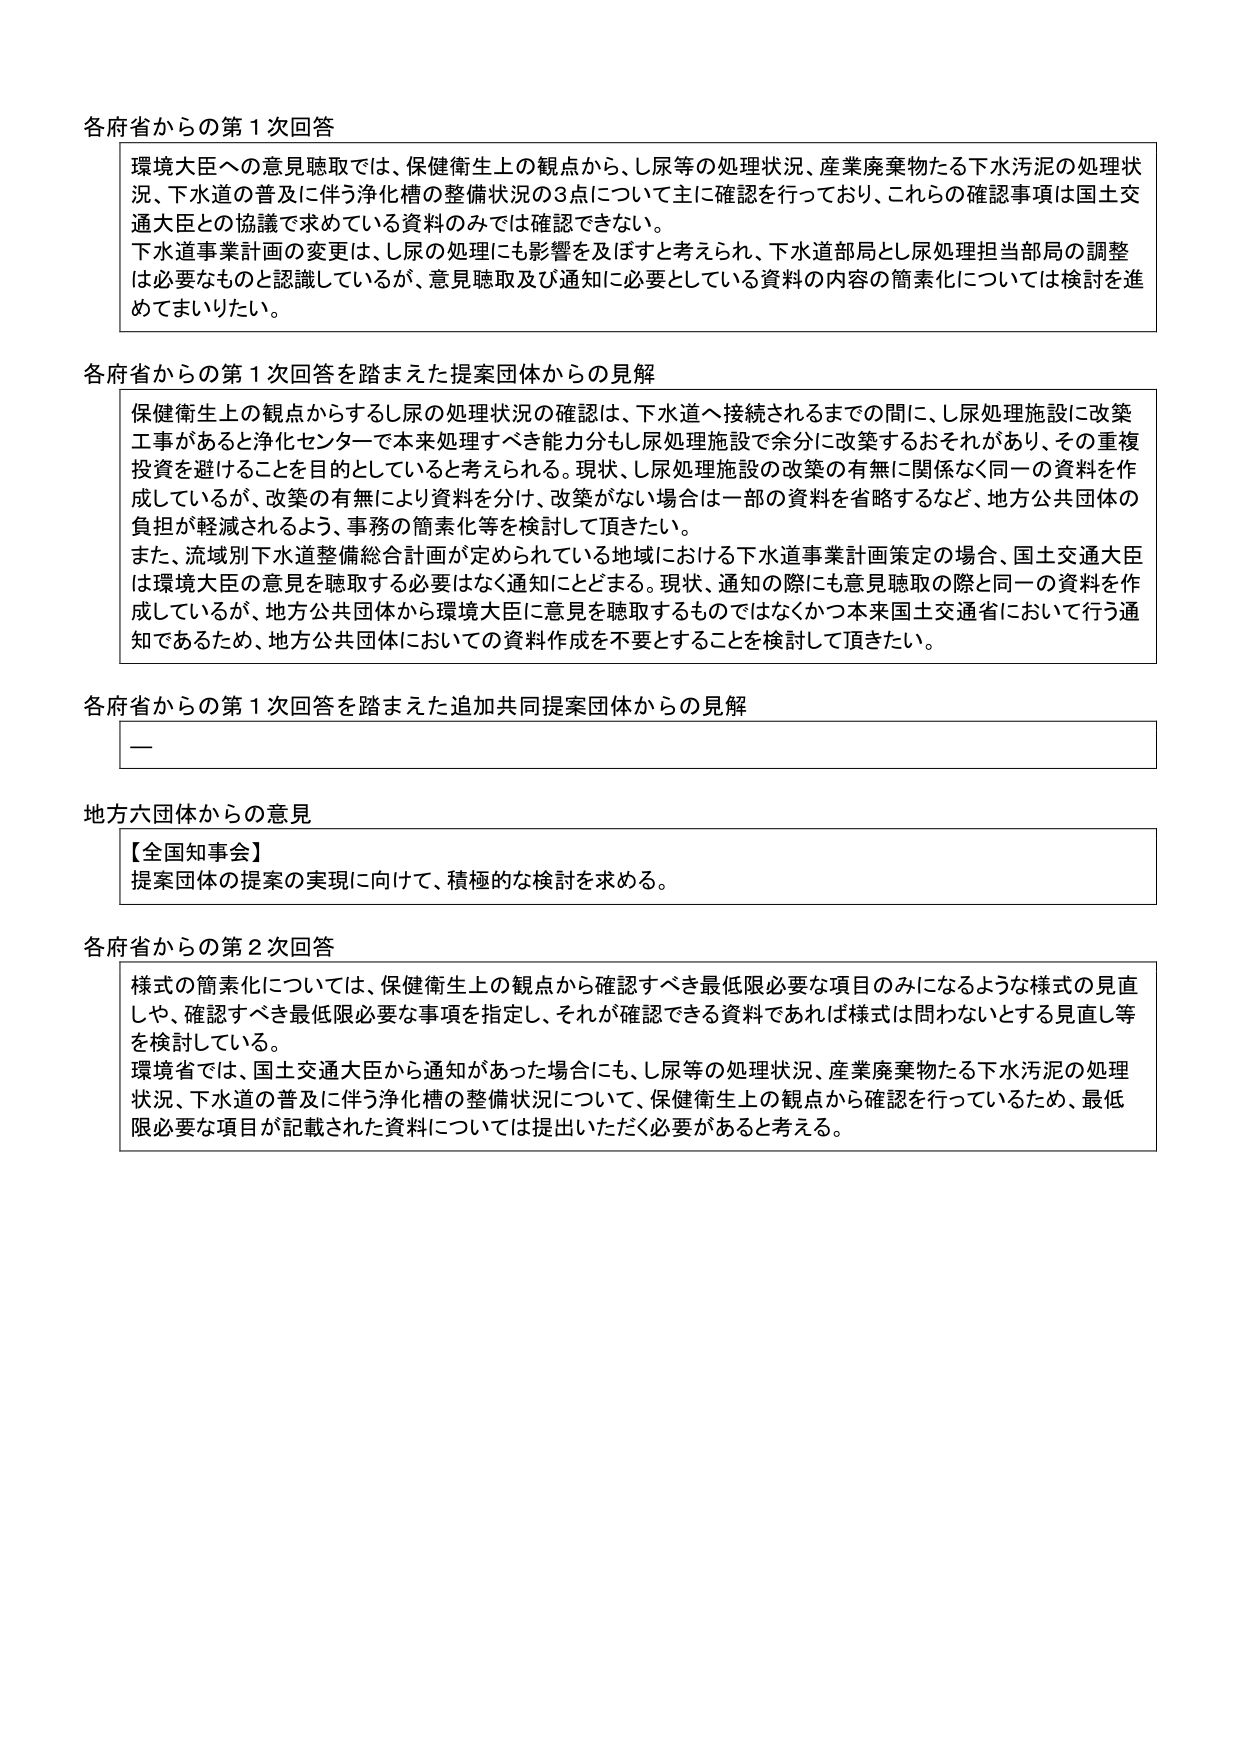
各府省からの第１次回答
環境大臣への意見聴取では、保健衛生上の観点から、し尿等の処理状況、産業廃棄物たる下水汚泥の処理状況、下水道の普及に伴う浄化槽の整備状況の３点について主に確認を行っており、これらの確認事項は国土交通大臣との協議で求めている資料のみでは確認できない。
下水道事業計画の変更は、し尿の処理にも影響を及ぼすと考えられ、下水道部局とし尿処理担当部局の調整は必要なものと認識しているが、意見聴取及び通知に必要としている資料の内容の簡素化については検討を進めてまいりたい。

各府省からの第１次回答を踏まえた提案団体からの見解
保健衛生上の観点からするし尿の処理状況の確認は、下水道へ接続されるまでの間に、し尿処理施設に改築工事があると浄化センターで本来処理すべき能力分もし尿処理施設で余分に改築するおそれがあり、その重複投資を避けることを目的としていると考えられる。現状、し尿処理施設の改築の有無に関係なく同一の資料を作成しているが、改築の有無により資料を分け、改築がない場合は一部の資料を省略するなど、地方公共団体の負担が軽減されるよう、事務の簡素化等を検討して頂きたい。
また、流域別下水道整備総合計画が定められている地域における下水道事業計画策定の場合、国土交通大臣は環境大臣の意見を聴取する必要はなく通知にとどまる。現状、通知の際にも意見聴取の際と同一の資料を作成しているが、地方公共団体から環境大臣に意見を聴取するものではなくかつ本来国土交通省において行う通知であるため、地方公共団体においての資料作成を不要とすることを検討して頂きたい。

各府省からの第１次回答を踏まえた追加共同提案団体からの見解
—

地方六団体からの意見
【全国知事会】
提案団体の提案の実現に向けて、積極的な検討を求める。

各府省からの第２次回答
様式の簡素化については、保健衛生上の観点から確認すべき最低限必要な項目のみになるような様式の見直しや、確認すべき最低限必要な事項を指定し、それが確認できる資料であれば様式は問わないとする見直し等を検討している。
環境省では、国土交通大臣から通知があった場合にも、し尿等の処理状況、産業廃棄物たる下水汚泥の処理状況、下水道の普及に伴う浄化槽の整備状況について、保健衛生上の観点から確認を行っているため、最低限必要な項目が記載された資料については提出いただく必要があると考える。